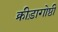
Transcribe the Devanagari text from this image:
क्रीड़ागोष्ठी